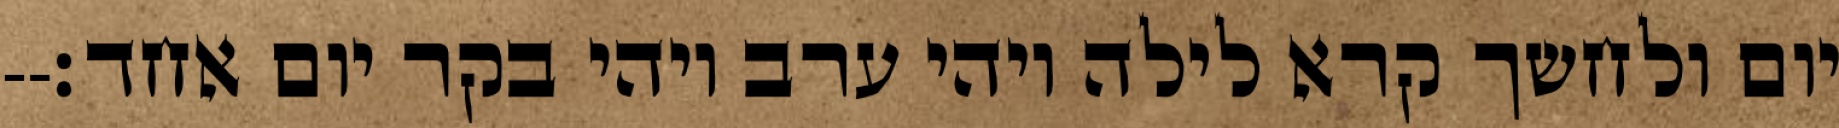
יום ולחשך קרא לילה ויהי ערב ויהי בקר יום אחד׃--